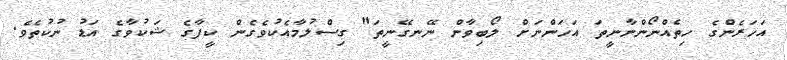
އަހަރެންގެ ހިތެއްނޯންނާނީތަ އަހަންނަށް ލޯބިވާން ނޭނގޭނީތަ" ގިސްލުމާއެކުވެގެން ކީފާގެ ޝަކުވާގެ އަޑު ނުކުތެވެ.